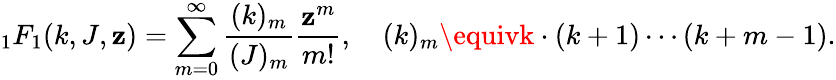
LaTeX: {}_{1}F_{1}(k,J,\mathbf{z})=\sum_{m=0}^{\infty}\frac{{(k)_{m}}}{{(J)_{m}}}\frac{{\mathbf{z}^{m}}}{{m!}},\quad(k)_{m}\equivk\cdot(k+1)\cdots(k+m-1).